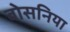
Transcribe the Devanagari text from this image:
बोसनिया